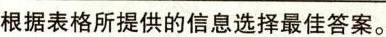
根据表格所提供的信息选择最佳答案。